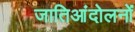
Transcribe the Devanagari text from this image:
जातिआंदोलनों